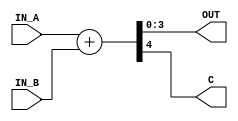
module ALU(
	input [3:0]IN_A,
	input [3:0]IN_B,
	output [3:0]OUT,
	output C
);
	
	wire [4:0]SUM;

	assign SUM = IN_A + IN_B;
	
	assign OUT = SUM[3:0];
	assign C = SUM[4];
	
endmodule